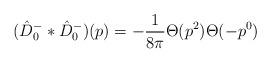
LaTeX: \begin{align*}(\hat{D}^-_0 \ast \hat{D}^-_0)(p)=-\frac{1}{8 \pi} \Theta(p^2) \Theta(-p^0)\end{align*}